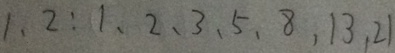
1 、 2 : 1 、 2 、 3 、 5 、 8 、 1 3 、 2 1